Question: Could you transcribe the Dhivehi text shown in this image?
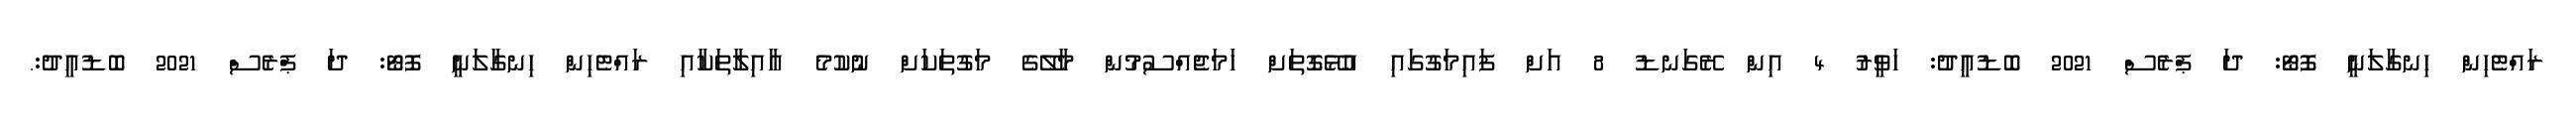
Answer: ރައްޓެހިން ހިނގާލަނީ ފޮޓޯ: ދަ ޕްރެސް 2021 ބޮޑުއީދު: ހަވީރު 4 އިން ރޭގަނޑު 8 އަށް ފައިމަގުގައި އުޅޭގޮތަށް ހަމަޖެއްސުމުން މާލޭގެ މަގުތަކަށް ނުކުމެ އާއިލާތަކާއި ރައްޓެހިން ހިނގާލަނީ ފޮޓޯ: ދަ ޕްރެސް 2021 ބޮޑުއީދު:.